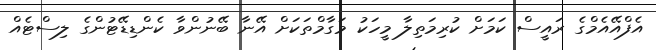
އެފްއޭއެމްގެ ރައީސް ކަމަށް ކުރިމަތިލާ މީހަކު މަގާމްތަކަށް އޭނާ ބޭނުންވާ ކެންޑިޑޭޓުންގެ ލިސްޓެއް